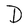
Character: D